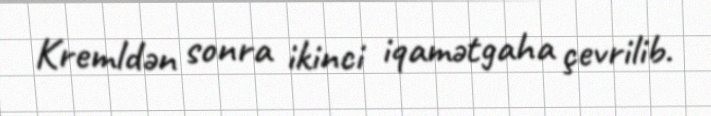
Kremldən sonra ikinci iqamətgaha çevrilib.